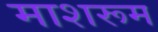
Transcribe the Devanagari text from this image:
माशरूम